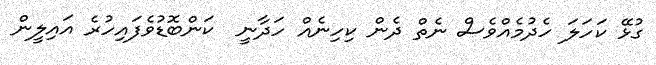
ގުޅޭ ކަހަލަ ހެދުމެއްވެސް ނެތް ދެން ކިހިނެއް ހަދާނީ  ކަންބޮޑުވެފައިހުރެ އައިލީން